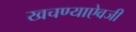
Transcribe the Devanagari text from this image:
खचण्याऐवजी